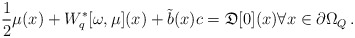
\begin{align*}\frac{1}{2}\mu(x) &+W_{q}^\ast[\omega,\mu](x)+\tilde{b}(x) c=\mathfrak{D}[0](x)\forall x \in \partial \Omega_Q\, .\end{align*}